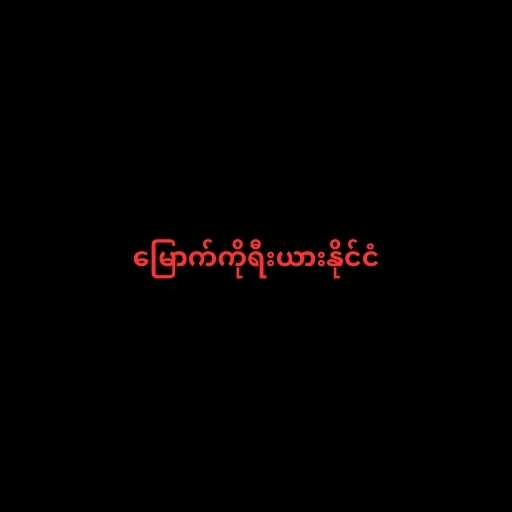
မြောက်ကိုရီးယားနိုင်ငံ